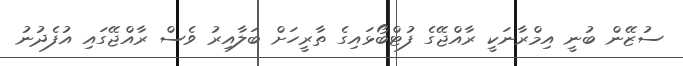
ސުޒޭން ބުނީ އިމްރާނަކީ ރާއްޖޭގެ ފުޓްބޯޅައިގެ ތާރީހަށް ބަލާއިރު ވެސް ރާއްޖޭގައި އުފެދުނު